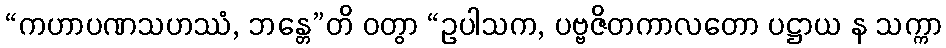
“ကဟာပဏသဟဿံ, ဘန္တေ”တိ ဝတွာ “ဥပါသက, ပဗ္ဗဇိတကာလတော ပဋ္ဌာယ န သက္ကာ